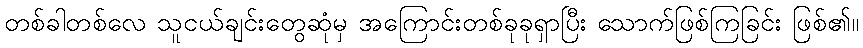
တစ်ခါတစ်လေ သူငယ်ချင်းတွေဆုံမှ အကြောင်းတစ်ခုခုရှာပြီး သောက်ဖြစ်ကြခြင်း ဖြစ်၏။